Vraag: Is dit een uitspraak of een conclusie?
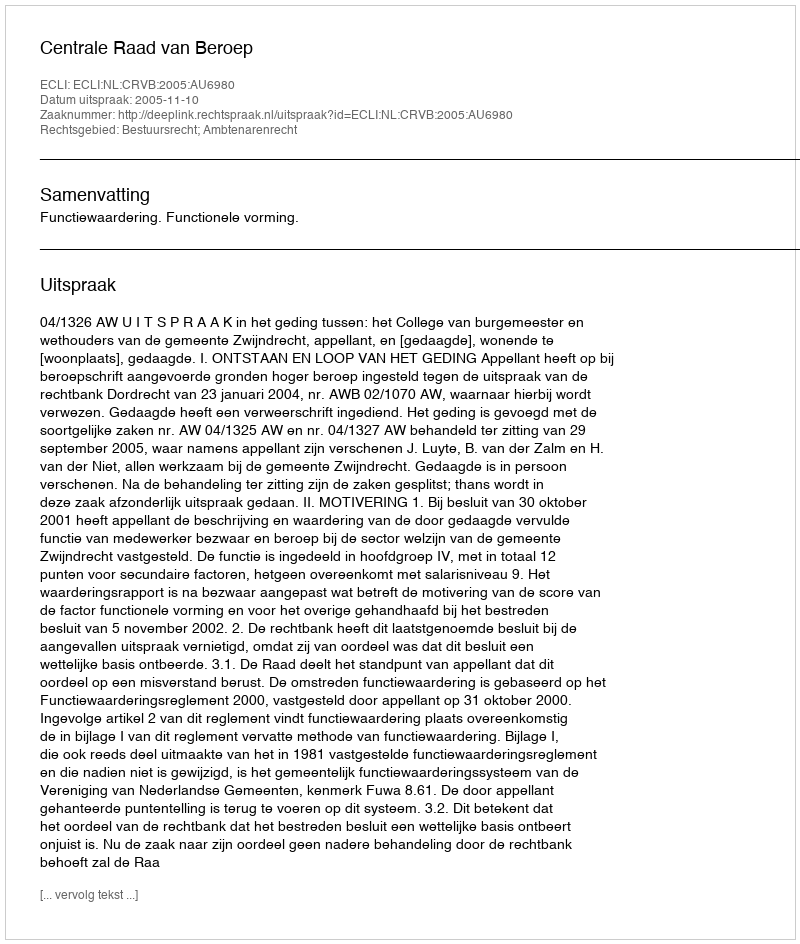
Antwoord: Uitspraak